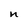
Character: n